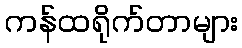
ကန်ထရိုက်တာများ